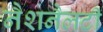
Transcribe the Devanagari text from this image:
नैशनैलटी